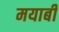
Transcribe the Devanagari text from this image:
मयाबी